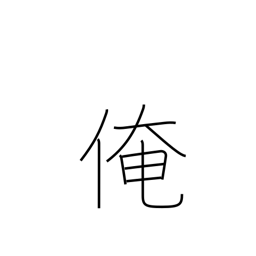
Meaning: myself